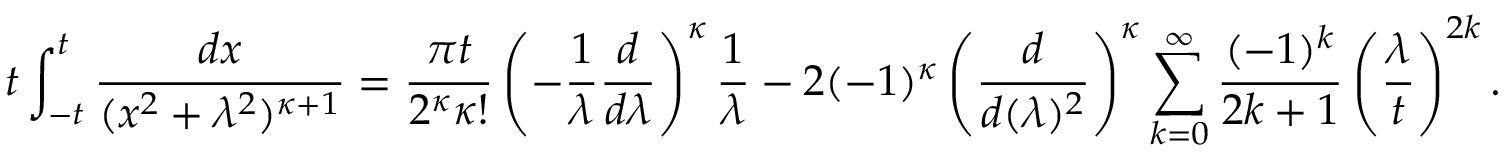
t \int _ { - t } ^ { t } \frac { d x } { ( x ^ { 2 } + \lambda ^ { 2 } ) ^ { \kappa + 1 } } = \frac { \pi t } { 2 ^ { \kappa } \kappa ! } \left( - \frac { 1 } { \lambda } \frac { d } { d \lambda } \right) ^ { \kappa } \frac { 1 } { \lambda } - 2 ( - 1 ) ^ { \kappa } \left( \frac { d } { d ( \lambda ) ^ { 2 } } \right) ^ { \kappa } \sum _ { k = 0 } ^ { \infty } \frac { ( - 1 ) ^ { k } } { 2 k + 1 } \left( \frac { \lambda } { t } \right) ^ { 2 k } .